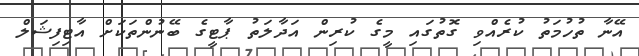
އޭނާ ތުހުމަތު ކުރެއްވި ގޮތުގައި މީގެ ކުރިން އަދާލަތު ޕާޓީގެ ބޭނުންތަކަށް އާޓިފިޝަލް